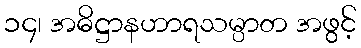
၁၄၊ အဓိဋ္ဌာနဟာရသမ္ပာတ အဖွင့်